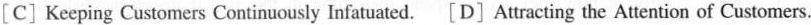
[C] Keeping Customers Continuously Infatuated. [ D] Attracting the Attention of Customers.